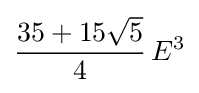
{\frac {35+15{\sqrt {5}}}{4}}\,E^{3}